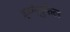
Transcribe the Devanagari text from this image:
इब्नेतुफैल